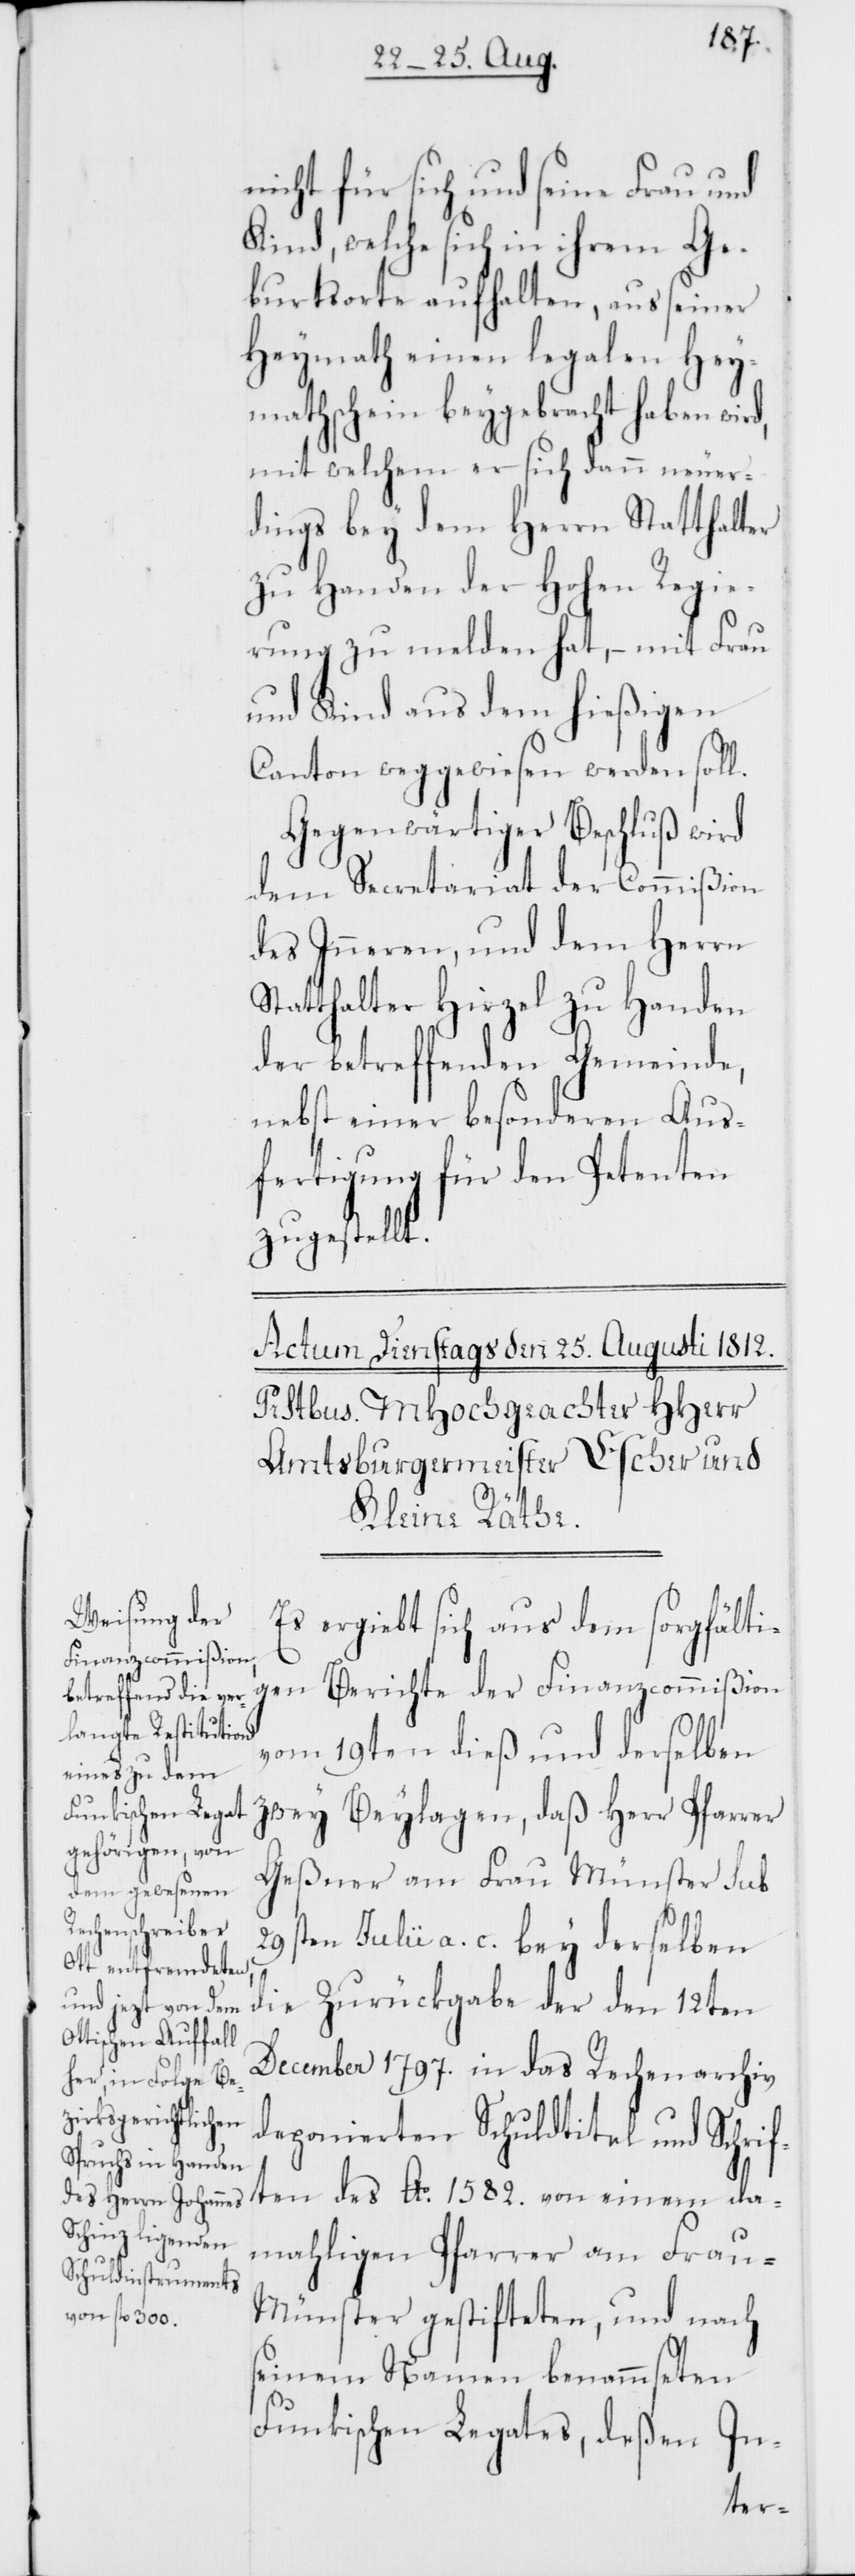
nicht für sich und seine Frau und
Kind, welche sich in ihrem Ge¬
burtsorte aufhalten, aus seiner
Heymath einen legalen Hey¬
mathschein beygebracht haben
mit welchem er sich dann neuer¬
dings bey dem Herrn Statthal¬
zu Handen der Hohen Regie¬
rung zu melden hat, – mit Frau
und Kind aus dem hießigen
Canton weggewiesen werden soll.
Gegenwärtiger Beschluß wird
dem Secretariat der Commißion
des Inneren, und dem Herrn
Statthalter Hirzel zu Handen
der betreffenden Gemeinde,
nebst einer besonderen Aus¬
fertigung für den Petenten,
zugestellt.
Es ergiebt sich aus dem sorgfälti¬
gen Berichte der Finanzcommißion
vom 19ten dieß und derselben
zwey Beylagen, daß Herr Pfarrer
Geßner am Frau Münster Sub
29sten Julii a. c. bey derselben
die Zurückgabe der den 12ten
December 1797. in das Rechenarchiv
deponierten Schuldtitel und Schrif¬
ten des Ao 1582. von einem da¬
mahligen Pfarrer am Fra¬
u-Münster gestifteten, und nach
seinem Namen benamseten
Funkischen Legates, deßen In-
ter